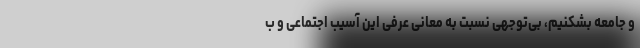
و جامعه بشکنیم، بی‌توجهی نسبت به معانی عرفیِ این آسیب اجتماعی و ب